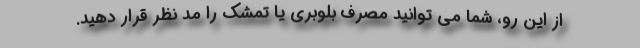
از این رو، شما می توانید مصرف بلوبری یا تمشک را مد نظر قرار دهید.